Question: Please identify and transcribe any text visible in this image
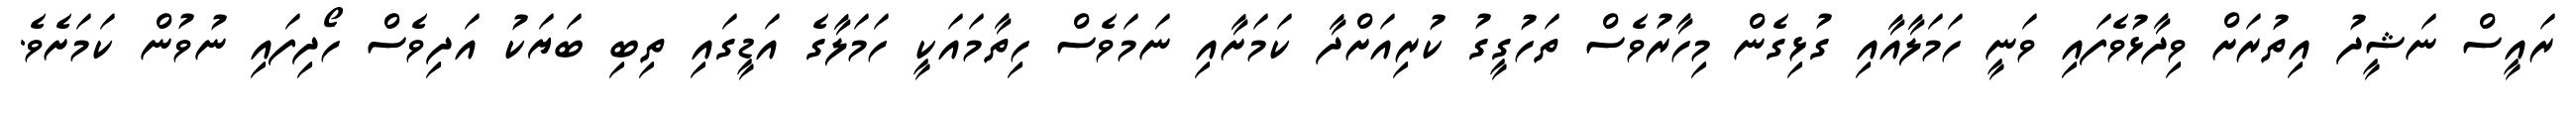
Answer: ރައީސް ނަޝީދު އިތުރަށް ވިދާޅުވެފައި ވަނީ ހަމަލާއާއި ގުޅިގެން މިހާރުވެސް ތަހުގީގު ކުރިއަށްދާ ކަމަށާއި ނަމަވެސް ހިތާމައަކީ ހަމަލާގެ އަޑީގައި ތިބި ބަޔަކު އަދިވެސް ހޯދިފައި ނުވުން ކަމަށެވެ.